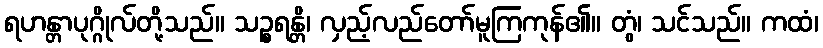
ရဟန္တာပုဂ္ဂိုလ်တို့သည်။ သဉ္စရန္တိ၊ လှည့်လည်တော်မူကြကုန်၏။ တွံ၊ သင်သည်။ ကထံ၊